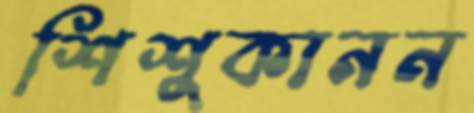
শিশুকানন